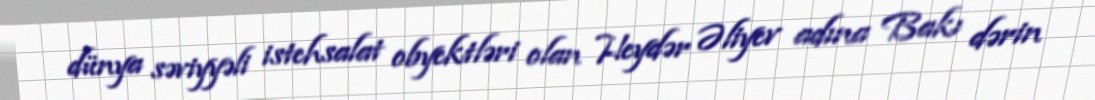
dünya səviyyəli istehsalat obyektləri olan Heydər Əliyev adına Bakı dərin